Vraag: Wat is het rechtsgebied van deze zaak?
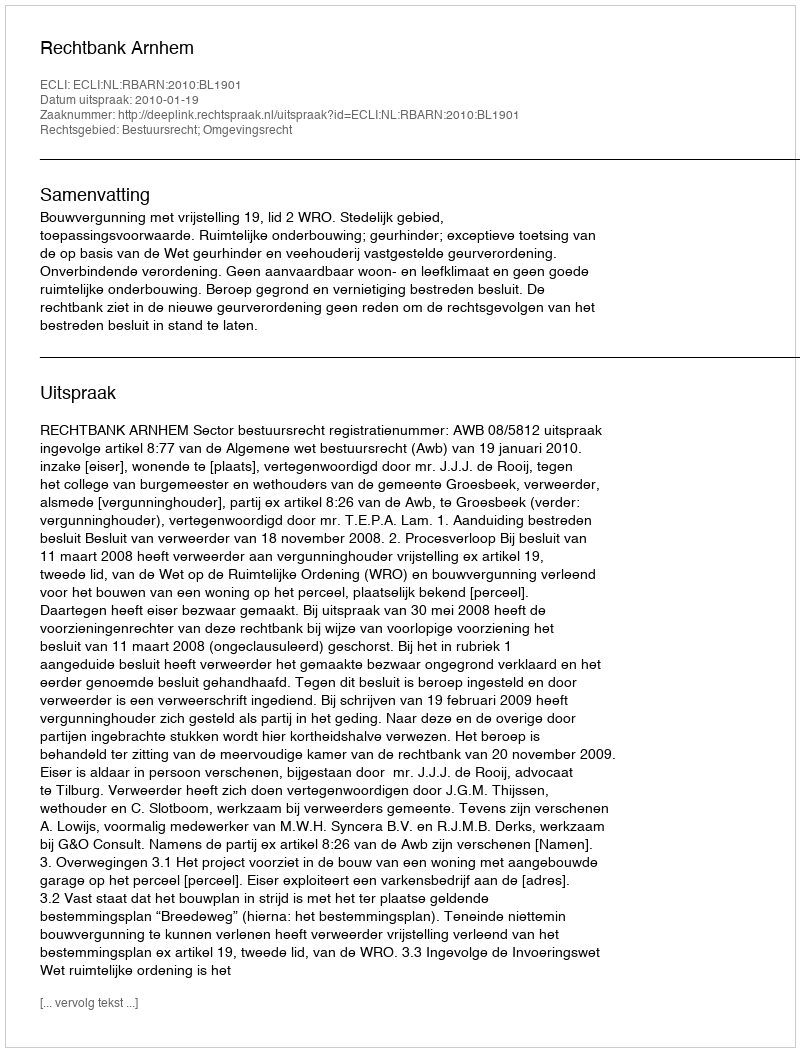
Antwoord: Bestuursrecht; Omgevingsrecht